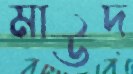
মাউদ